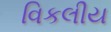
વિકલીય